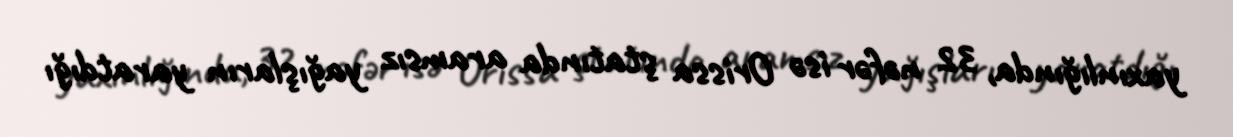
yaxınlığında, 32 nəfər isə Orissa ştatında aramsız yağışların yaratdığı